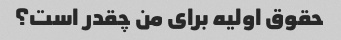
حقوق اولیه برای من چقدر است؟